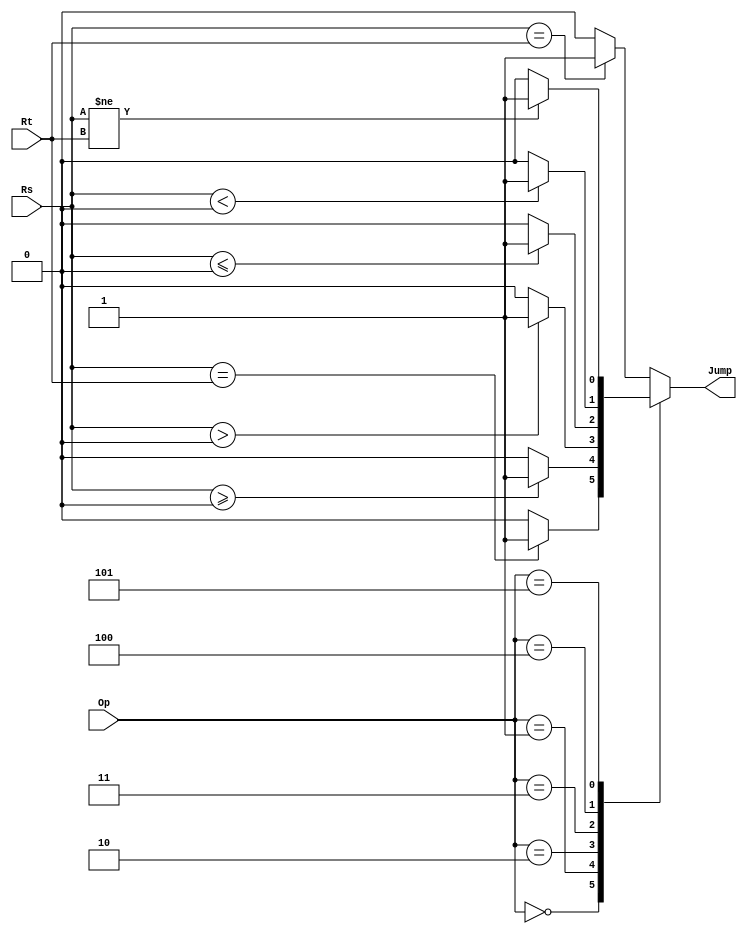
`timescale 1ns / 1ps
//////////////////////////////////////////////////////////////////////////////////
// Company: 
// Engineer: 
// 
// Design Name: 
// Module Name:    cmp 
// Project Name: 
// Target Devices: 
// Tool versions: 
// Description: 
//
// Dependencies: 
//
// Revision: 
// Revision 0.01 - File Created
// Additional Comments: 
//
//////////////////////////////////////////////////////////////////////////////////
module cmp(
    input [31:0] Rs,
    input [31:0] Rt,
    input [3:0] Op,
    output reg Jump
    );


always @(*) begin
case (Op)
	0: Jump = ($signed(Rs) == $signed(Rt)) ? 1 : 0;
	1: Jump = ($signed(Rs) >= 0) ? 1 : 0;
	2: Jump = ($signed(Rs) > 0) ? 1 : 0;
	3: Jump = ($signed(Rs) <= 0) ? 1 : 0;
	4: Jump = ($signed(Rs) < 0) ? 1 : 0;
	5: Jump = ($signed(Rs) != $signed(Rt)) ? 1 : 0;
	default: Jump = (Rs == Rt) ? 1 : 0;
endcase
end




endmodule